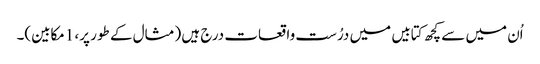
اُن میں سے کچھ کتابیں میں درُست واقعات درج ہیں (مثال کے طور پر، 1مکابین)۔